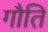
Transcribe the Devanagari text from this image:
गौति